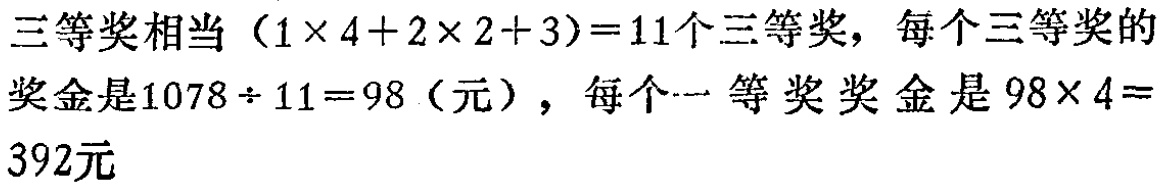
三等奖相当（$1\times 4 + 2\times 2 + 3)=11$个三等奖，每个三等奖的奖金是$1078\div 11 = 98$（元），每个一等奖奖金是$98\times 4 = 392$元